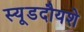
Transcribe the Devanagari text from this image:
स्यूडदौयशे